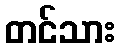
တင်သား